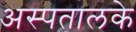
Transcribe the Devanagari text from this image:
अस्पतालके